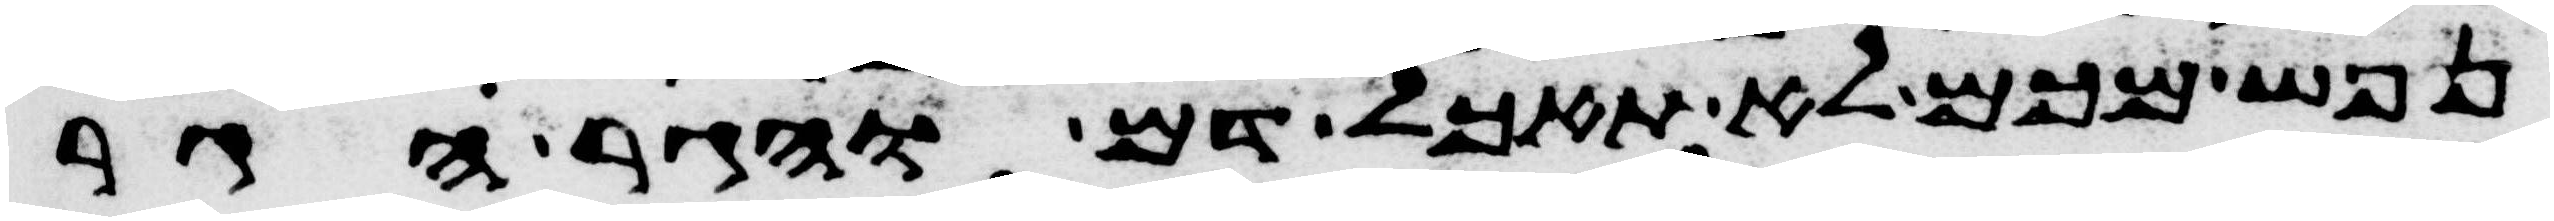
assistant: נפש מכם לא תאכל דם והגר הגר